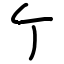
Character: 亇